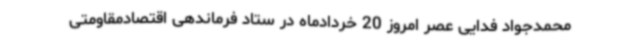
محمدجواد فدایی عصر امروز 20 خردادماه در ستاد فرماندهی اقتصادمقاومتی